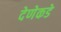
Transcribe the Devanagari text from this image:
देणेकडे